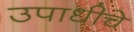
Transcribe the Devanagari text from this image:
उपाधीचे